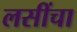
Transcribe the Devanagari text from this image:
लसींचा